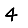
Digit: 4